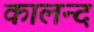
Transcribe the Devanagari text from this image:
कालन्द